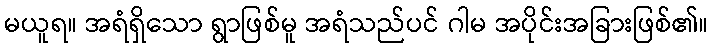
မယူရ။ အရံရှိသော ရွာဖြစ်မူ အရံသည်ပင် ဂါမ အပိုင်းအခြားဖြစ်၏။